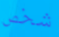
شخص